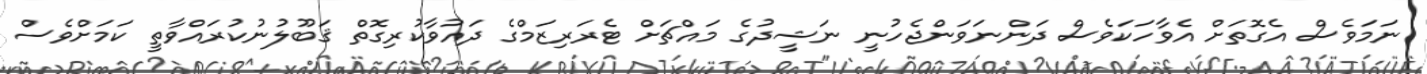
ނަމަވެސް އެގޮތަށް އެވާހަކަވެސް ދަންނަވަންޖެހުނީ ނަޝީދުގެ މައްޗަށް ޓެރަރިޒަމްގެ ދައުވާކުރިގޮތް ޤަބޫލުނުކުރައްވާތީ ކަމަށްވެސް